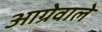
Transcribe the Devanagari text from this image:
आग्रेवाले